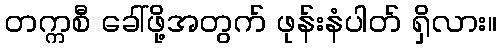
တက္ကစီ ခေါ်ဖို့အတွက် ဖုန်းနံပါတ် ရှိလား။